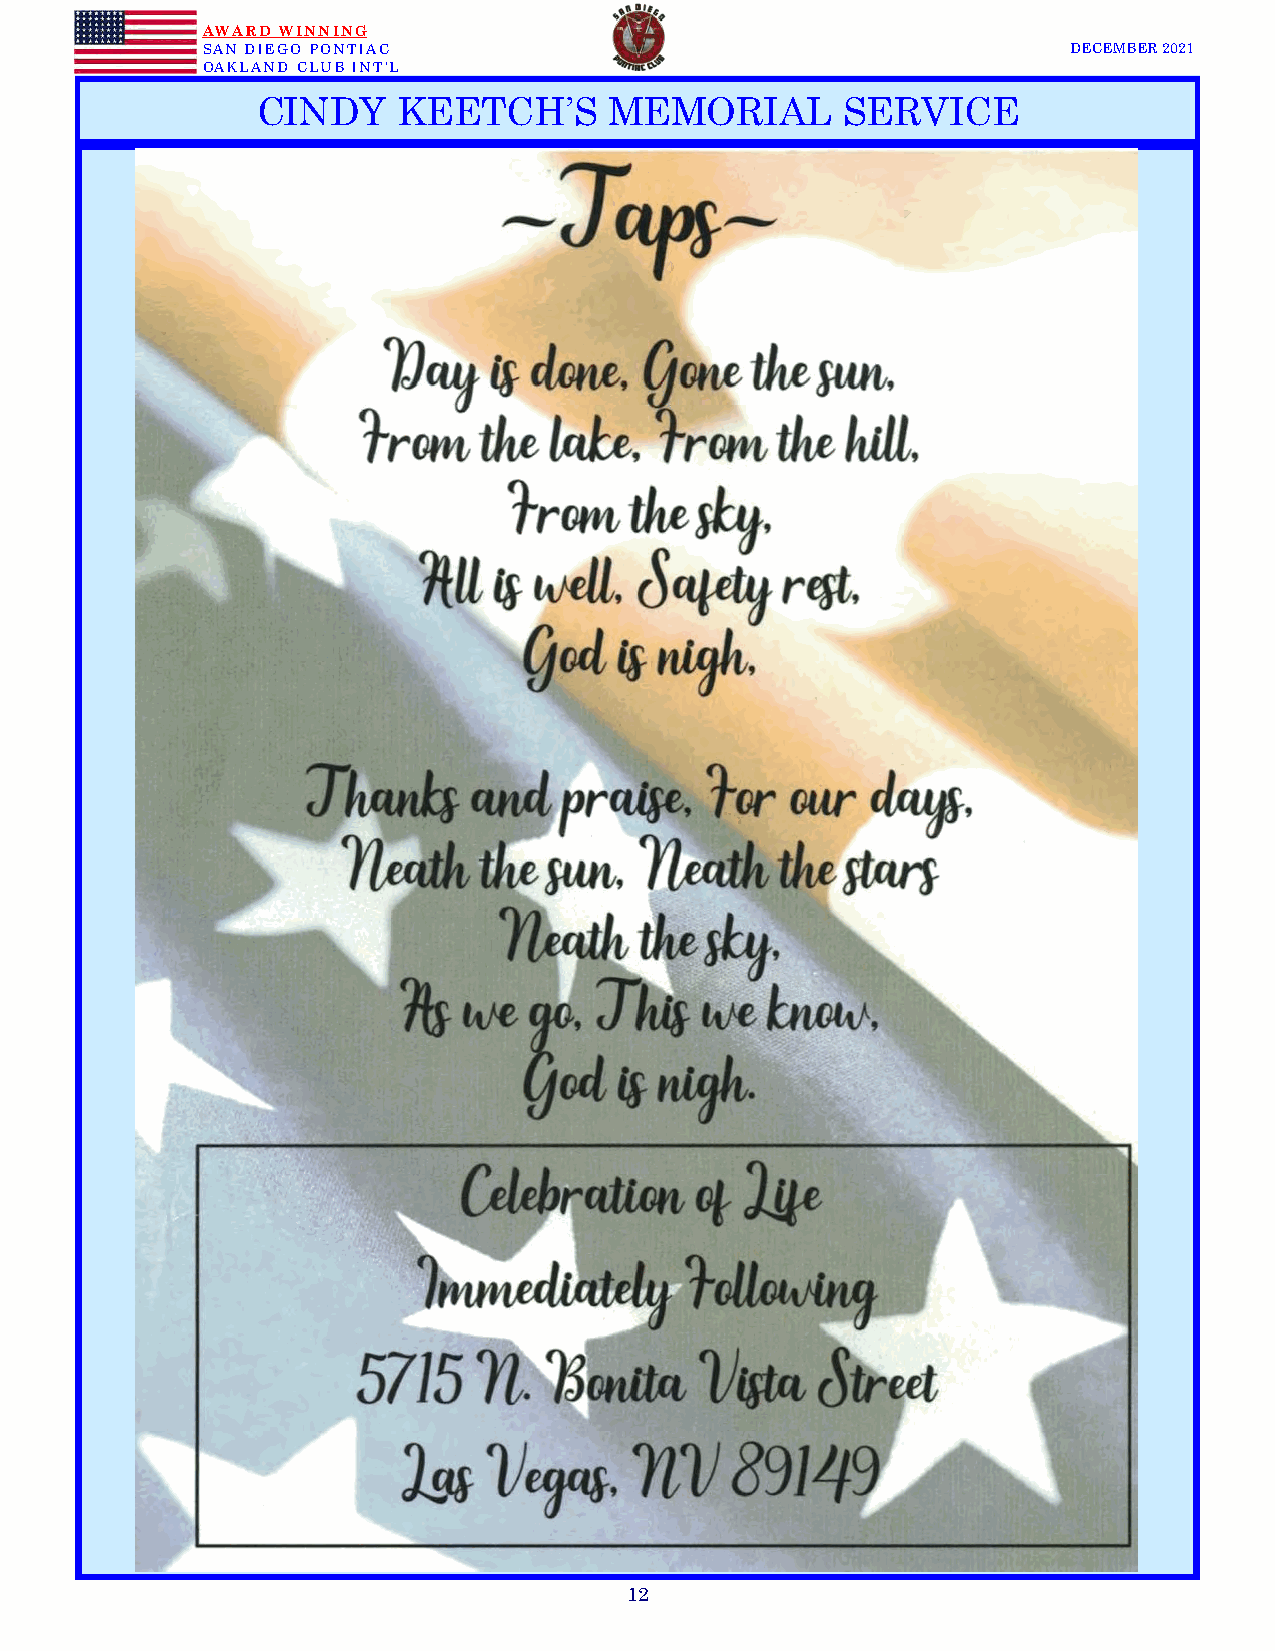
AWARD WINNING
 SAN DIEGO PONTIAC                                         DECEMBER 2021
 OAKLAND CLUB INT’L
 CINDY    KEETCH’S      MEMORIAL        SERVICE
 12